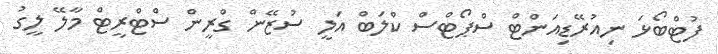
ފުޓްބޯޅަ ނިއުރޭޑިއަންޓް ސްޕޯޓްސް ކްލަބް އަލީ ސުޒޭން ގްރީން ސްޓްރީޓް މާލޭ ލީގު